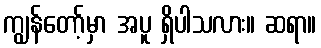
ကျွန်တော့်မှာ အပူ ရှိပါသလား။ ဆရာ။